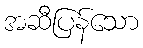
အဆီပြန်သော